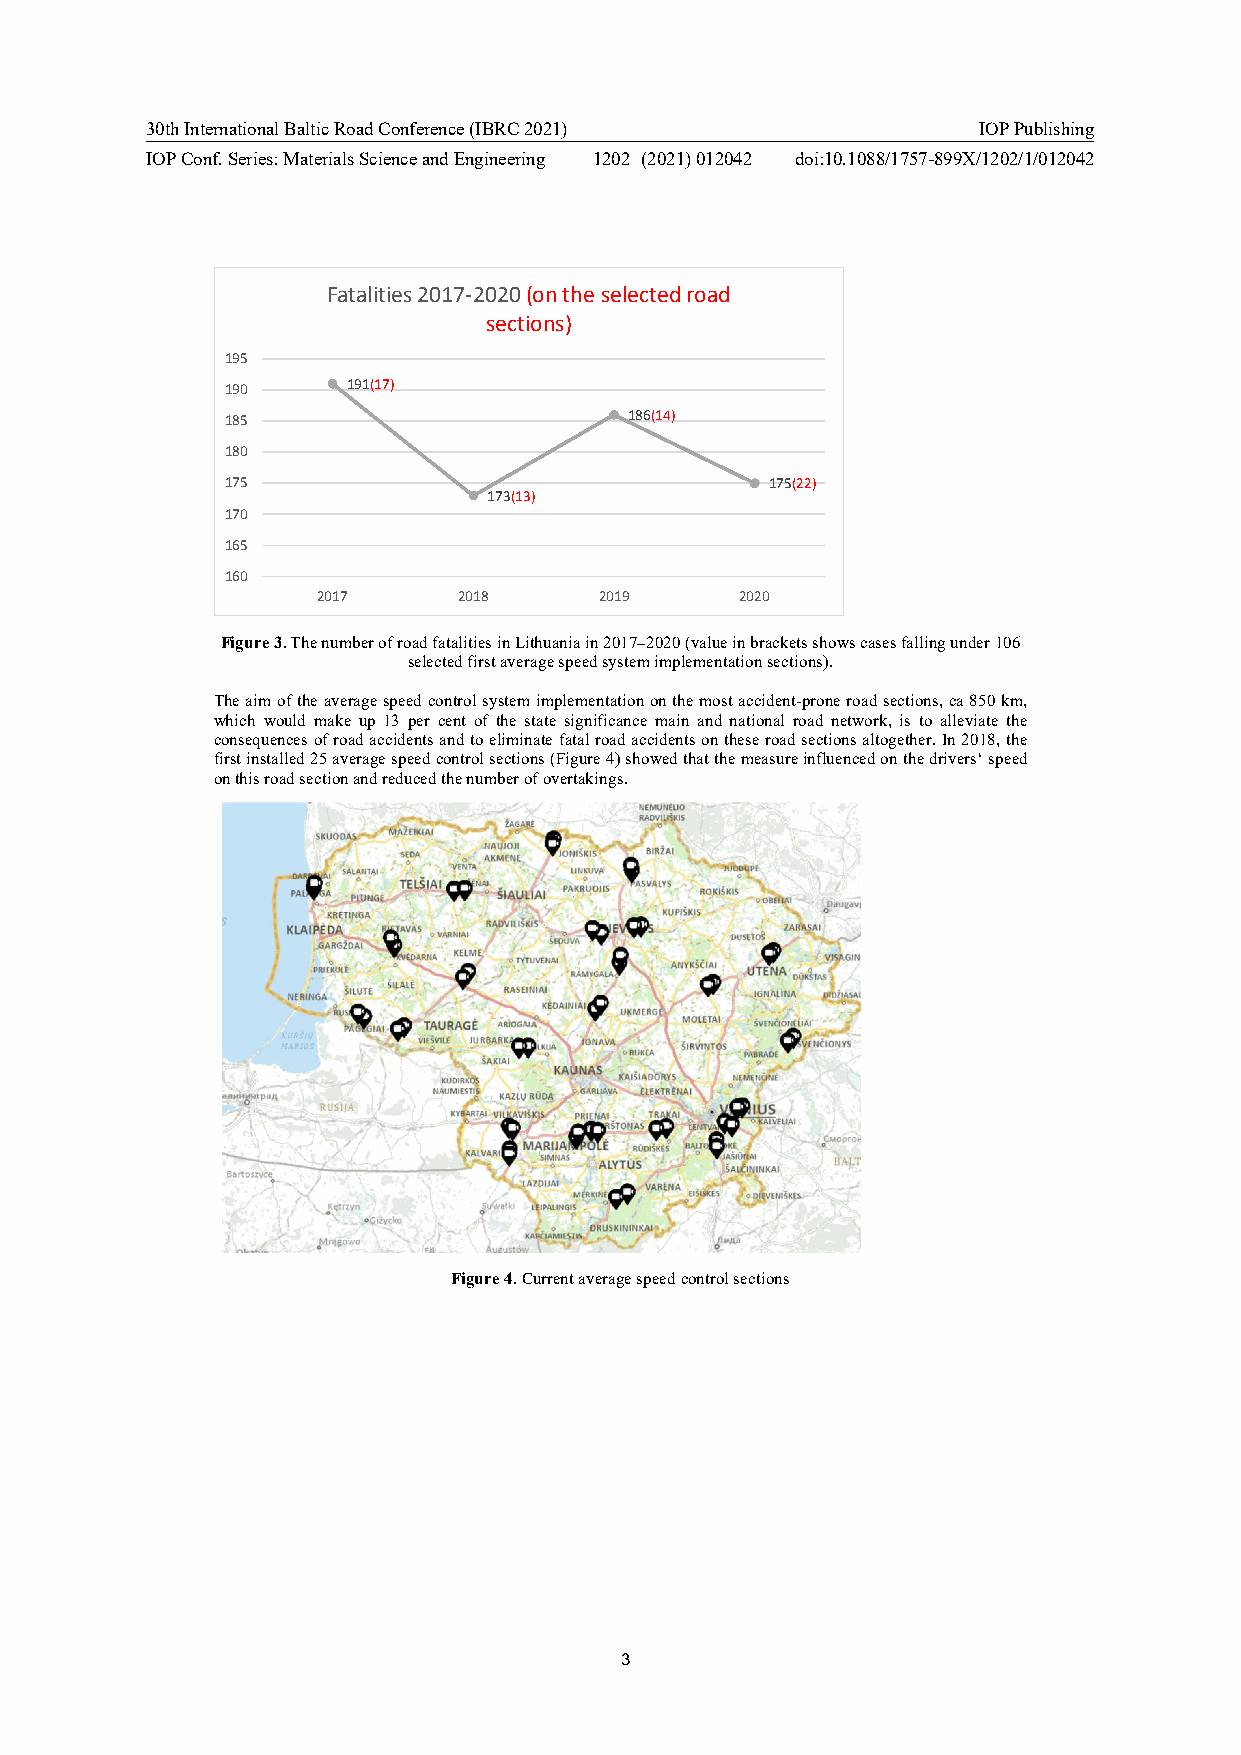
30th International Baltic Road Conference (IBRC 2021)  IOP Publishing
 IOP Conf. Series: Materials Science and Engineering 1202 (2021) 012042 doi:10.1088/1757-899X/1202/1/012042
 Fatalities 2017-2020(on the selected road
 sections)
 195
 190     191(17)
 185                        186(14)
 180
 175                                 175(22)
 173(13)
 170
 165
 160
 2017     2018      2019     2020
 Figure 3. The number of road fatalities in Lithuania in 2017–2020 (value in brackets shows cases falling under 106
 selected first average speed system implementation sections).
 The aim of the average speed control system implementation on the most accident-prone road sections, ca 850 km,
 which would make up 13 per cent of the state significance main and national road network, is to alleviate the
 consequences of road accidents and to eliminate fatal road accidents on these road sections altogether. In 2018, the
 first installed 25 average speed control sections (Figure 4) showed that the measure influenced on the drivers‘ speed
 on this road section and reduced the number of overtakings.
 Figure 4. Current average speed control sections
 3